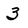
Character: 3